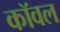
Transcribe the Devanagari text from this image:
कॉवल